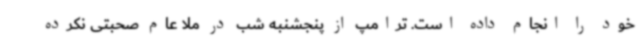
خود را انجام داده است. ترامپ از پنجشنبه شب در ملا عام صحبتی نکرده